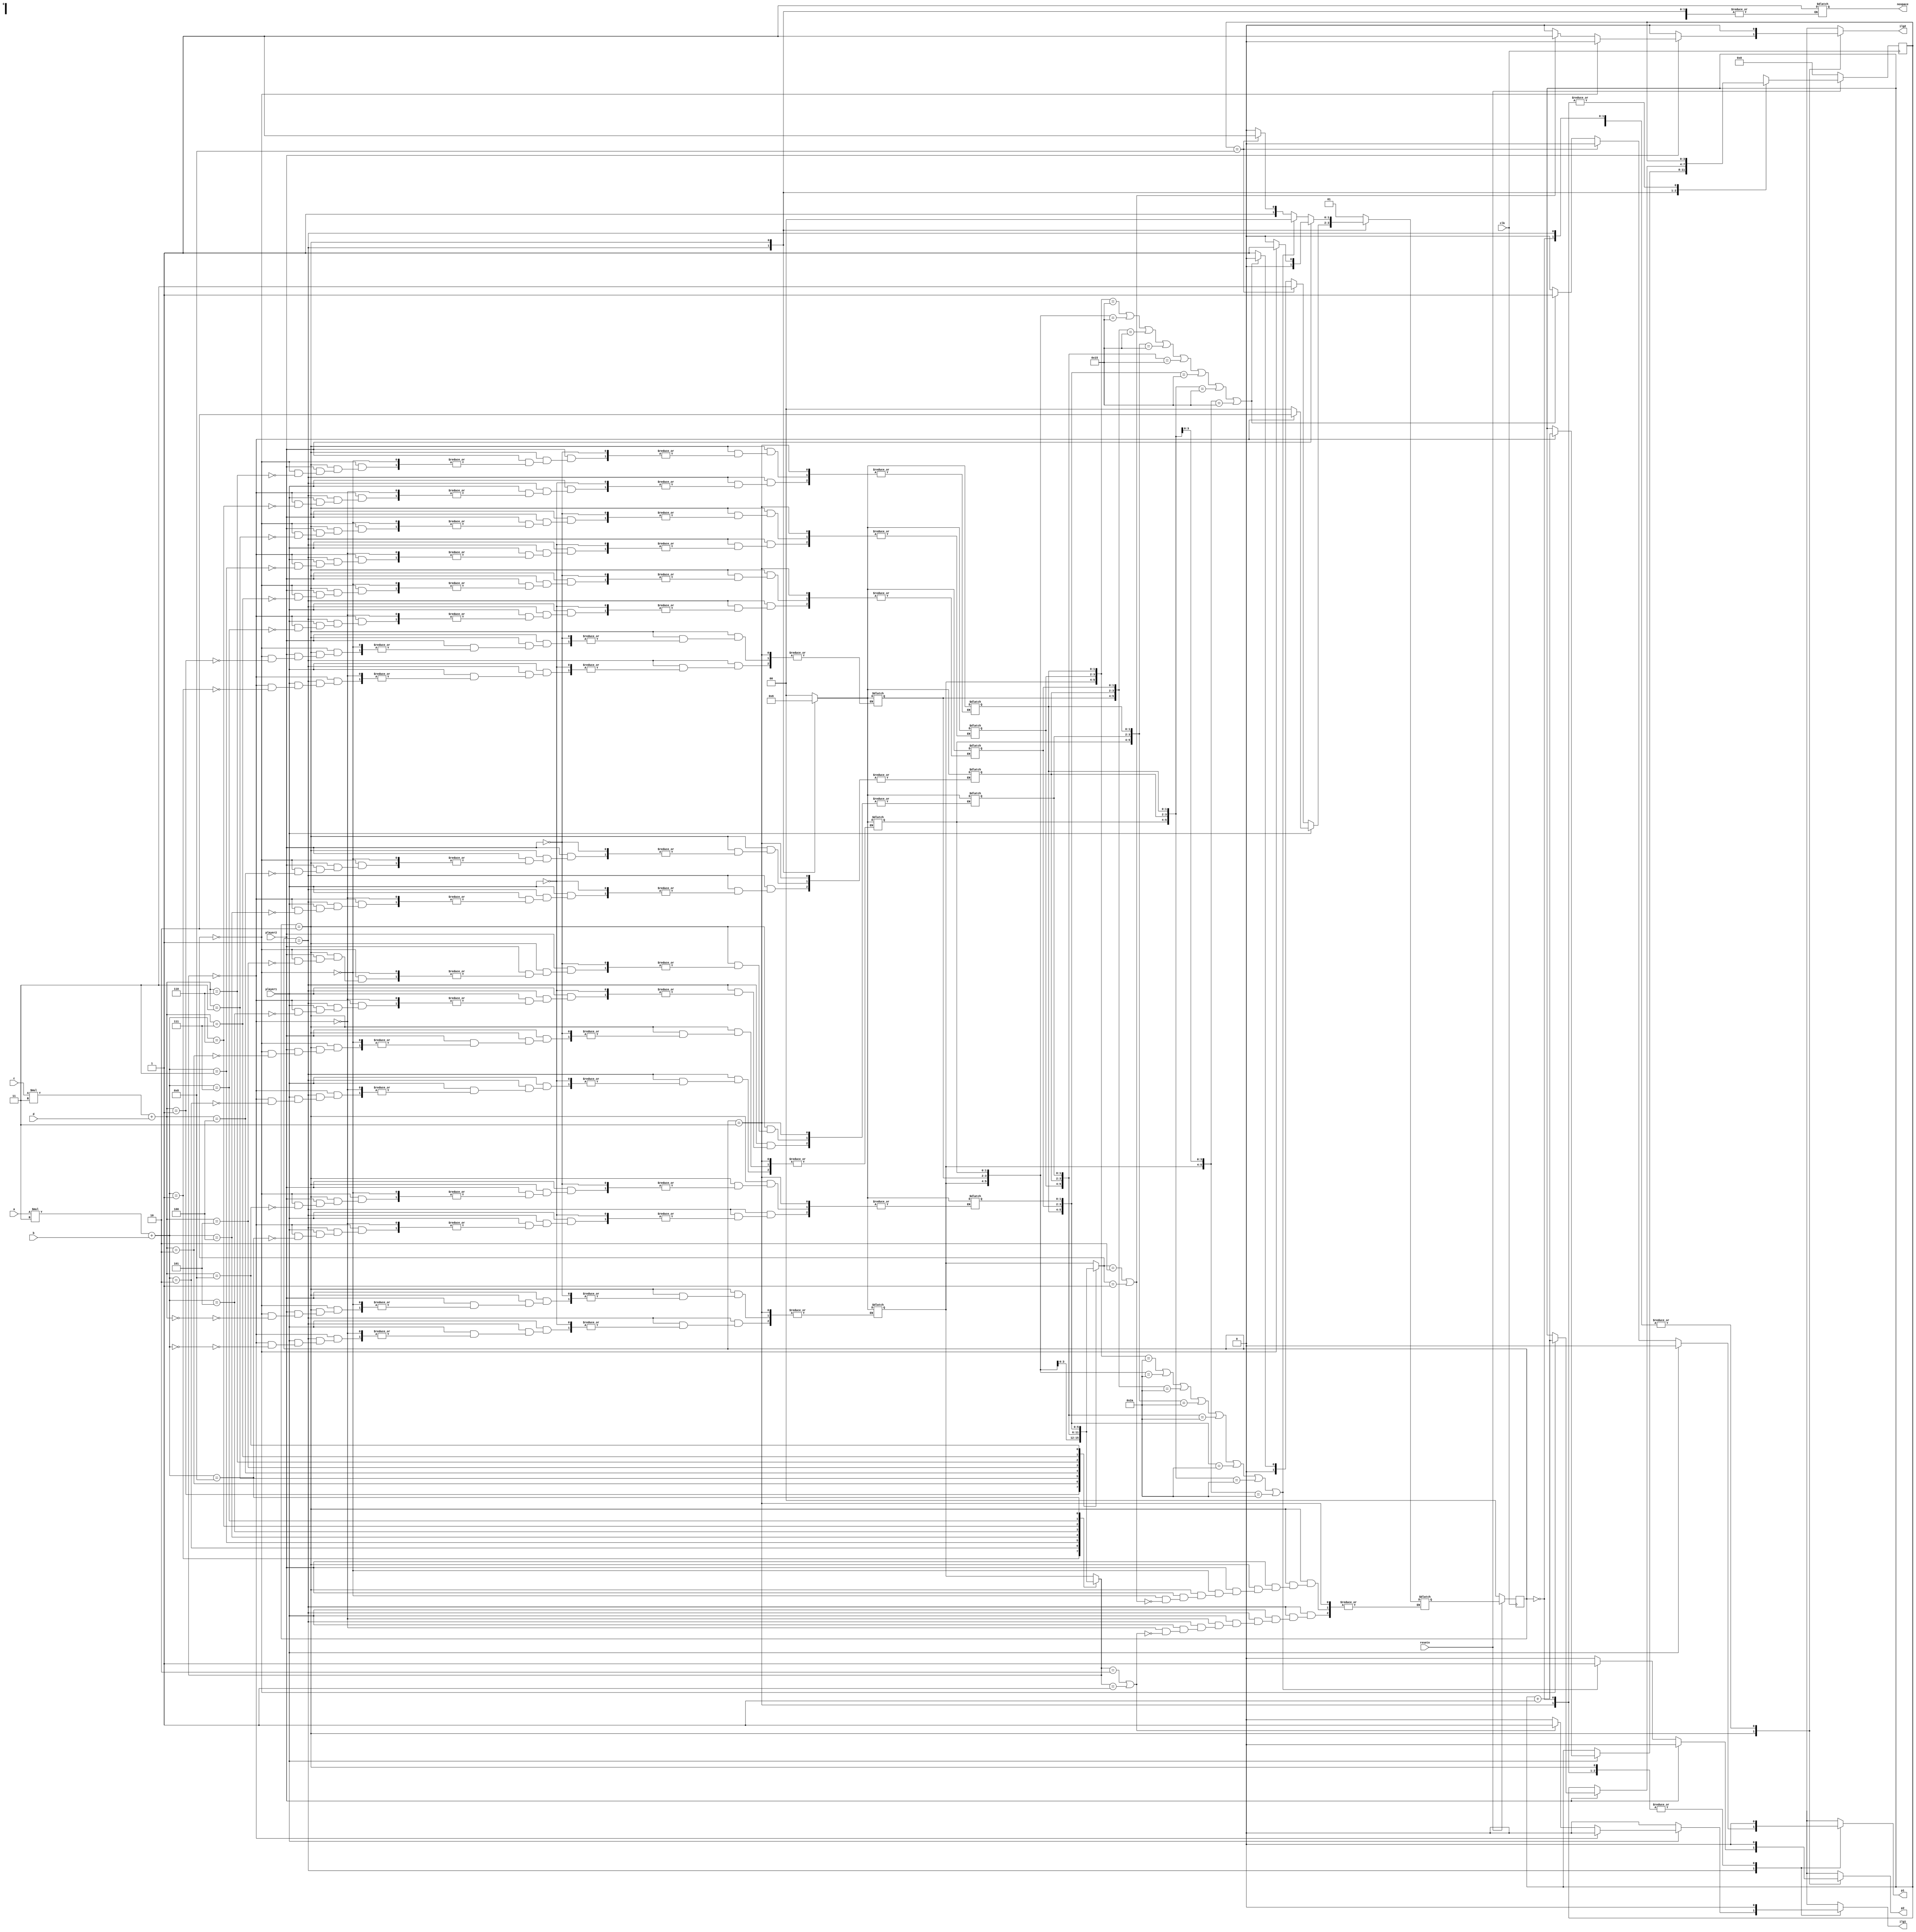
`timescale 1ns / 1ps
//////////////////////////////////////////////////////////////////////////////////
// Company: 
// Engineer: 
// 
// Design Name: 
// Module Name:    tiktakgame 
// Project Name: 
// Target Devices: 
// Tool versions: 
// Description: 
//
// Dependencies: 
//
// Revision: 
// Revision 0.01 - File Created
// Additional Comments: 
//
//////////////////////////////////////////////////////////////////////////////////
module tiktakgame(
input [1:0]a,b,c,d,
input clk,resetn,player1,player2,
output reg p1,p2,ilg1,ilg2,nospace
    );

reg [1:0]block[0:2][0:2];
reg [1:0]cur_s,nex_s;
parameter idle = 2'b00,play1 = 2'b01,play2 = 2'b10,gameover = 2'b11;
reg [1:0]i,j;
reg [3:0]countreg,countnex;

always @(posedge clk) 
begin : initialization
if(~resetn)
begin
cur_s <= idle;
countreg <= 4'b0000; 
end
else
begin
cur_s <= nex_s;
countreg <= countnex;
end
end

always @(cur_s,a,b,c,d,player1,player2)
begin : FSM
p1 = 0;
p2 = 0;
ilg1 = 0;
ilg2 = 0;
countnex = countreg;
//nex_s = cur_s;
case(cur_s)
idle:begin
	for(i = 0;i<3;i=i+1)
	begin
		for(j = 0;j<3;j=j+1)
			block[i][j] = 2'b00;
	end
	nex_s = play1;
	end
play1:begin
	if(player1)
	begin
		if(block[a][b] == 2'b00)
		begin
			block[a][b] = 2'b01;
			countnex = countreg + 4'b0001;
			nex_s = play2;
		end
		else if(block[a][b] == 2'b10 || block[a][b] == 2'b01)
		begin
			nex_s = idle;
			ilg1 = 1;
		end
	end
	else if(countreg == 4'h8)
		begin
			nex_s = gameover; 
		end
	else if({block[0][0],block[1][0],block[2][0]} == 6'b010101 || 
		{block[0][0],block[0][1],block[0][2]} == 6'b010101 || 
		{block[0][1],block[1][1],block[2][1]} == 6'b010101 || 
		{block[0][2],block[1][2],block[2][0]} == 6'b010101  ||
		{block[1][0],block[1][1],block[1][2]} == 6'b010101  ||
		{block[2][0],block[2][1],block[2][2]} == 6'b010101  ||
		{block[0][2],block[1][1],block[2][0]} == 6'b010101  ||
		{block[0][0],block[1][1],block[2][0]} == 6'b010101 )
		begin
			p1 = 1;
			nex_s = idle;
		end
	else
		nex_s = play1;
		end
play2:begin
	if(player2)
	begin
			if(block[c][d] == 2'b00)
			begin
			block[c][d] = 2'b10;
			nex_s = play1;
			countnex = countreg + 4'b0001;
			end
		else if(block[c][d] == 2'b10 || block[c][d] == 2'b01)
		begin
			nex_s = idle;
			ilg2 = 1;
		end
	end
		else if({block[0][0],block[1][0],block[2][0]} == 6'b101010 || 
		{block[0][0],block[0][1],block[0][2]} == 6'b101010 || 
		{block[0][1],block[1][1],block[2][1]} == 6'b101010|| 
		{block[0][2],block[1][2],block[2][0]} == 6'b101010  ||
		{block[1][0],block[1][1],block[1][2]} == 6'b101010  ||
		{block[2][0],block[2][1],block[2][2]} == 6'b101010  ||
		{block[0][2],block[1][1],block[2][0]} == 6'b101010  ||
		{block[0][0],block[1][1],block[2][0]} == 6'b101010 )
		begin
			p2 = 1;
			nex_s = idle;
		end
		else if(countreg == 4'h8)
		begin
			nex_s = gameover;
		end
		else
			nex_s = play2;
		end
gameover:begin
			nospace = 1; 
			end
endcase
end



endmodule